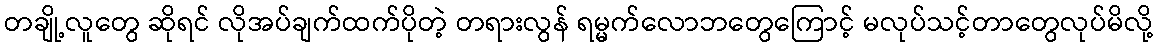
တချို့လူတွေ ဆိုရင် လိုအပ်ချက်ထက်ပိုတဲ့ တရားလွန် ရမ္မက်လောဘတွေကြောင့် မလုပ်သင့်တာတွေလုပ်မိလို့